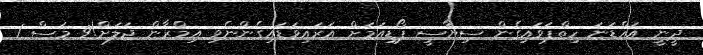
ދީނީ އައްޑަނަ ހިތްޕަވައިގެން ސިޔާސީ ޕޯޑިއަމަށް އަރައިވަޑައިގެންނެވި އިމްރާން ޖަލަށް!9 މަސް 1